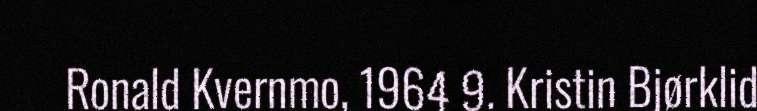
Ronald Kvernmo, 1964 9. Kristin Bjørklid